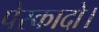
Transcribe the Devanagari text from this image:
पेस्कादो।